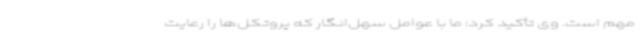
مهم است. وی تأکید کرد: ما با عوامل سهل‌انگار که پروتکل‌ها را رعایت